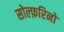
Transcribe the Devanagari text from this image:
सोल्फ़रिनो